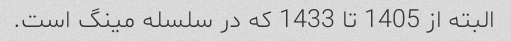
البته از 1405 تا 1433 که در سلسله مینگ است.